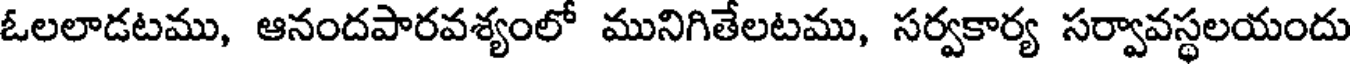
ఓలలాడటము, ఆనందపారవశ్యంలో మునిగితేలటము, సర్వకార్య సర్వావస్థలయందు